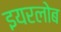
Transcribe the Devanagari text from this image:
इयरलोब